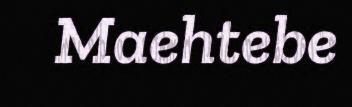
Maehtebe